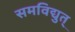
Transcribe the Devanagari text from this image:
समविद्युत्‌